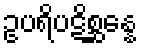
ဥပရိပဋိစ္ဆန္နေ